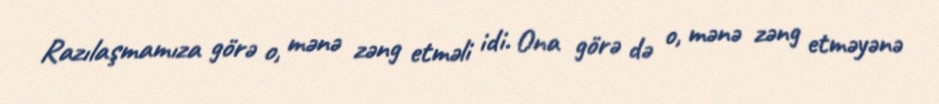
Razılaşmamıza görə o, mənə zəng etməli idi. Ona görə də o, mənə zəng etməyənə